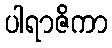
ပါရာဇိကာ